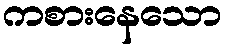
ကစားနေသော